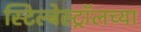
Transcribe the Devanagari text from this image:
स्टिल्बेस्ट्रॉलच्या